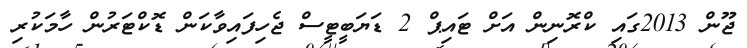
ޖޫން 2013ގައި ކްރޮނިން އަށް ޓައިޕް 2 ޑަޔަބީޓީސް ޖެހިފައިވާކަން ޑޮކްޓަރުން ހާމަކުރި